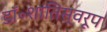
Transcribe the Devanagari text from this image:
डॉ॰शांतिस्वरूप